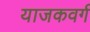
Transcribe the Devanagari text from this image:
याजकवर्ग